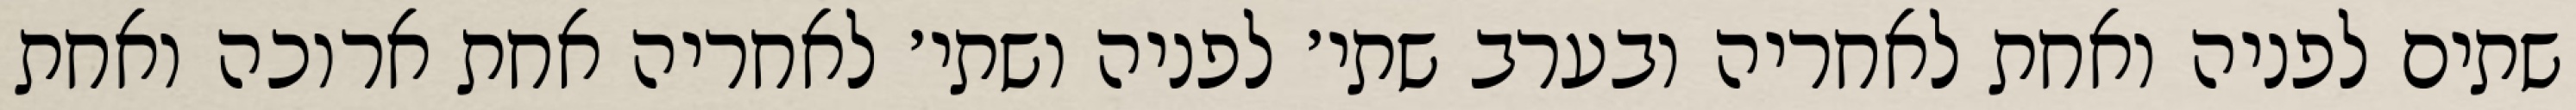
שתים לפניה ואחת לאחריה ובערב שתי׳ לפניה ושתי׳ לאחריה אחת ארוכה ואחת